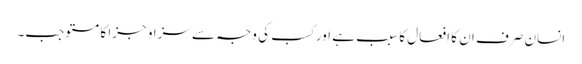
انسان صرف ان کا افعال کا سبب ہے اور کسب کی وجہ سے سزا و جزا کا مستوجب۔